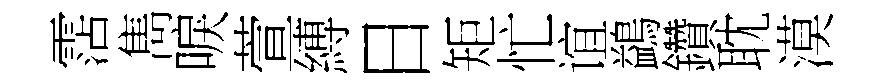
霑雋唳萱縛日矩忙谊鷁鑽耽漠